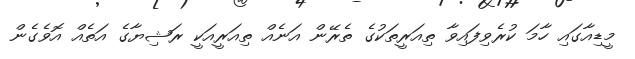
މީޑިއާގައި ހާމަ ކުރެވިފައިވާ ތިއަރީތަކުގެ ތެރޭން އަނެއް ތިއަރީއަކީ ރަޝިޔާގެ އަތެއް އޮވެގެން